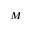
M